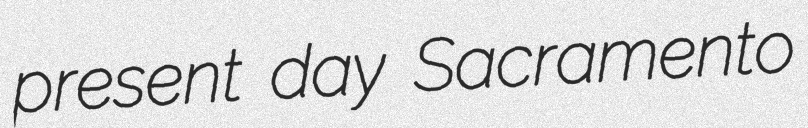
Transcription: present day Sacramento